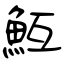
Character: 魱